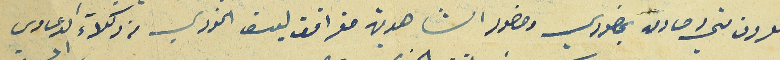
المعروف مني وصادق بحضوري وحضور الشاهدين صقر افندى يوسف الخورى من وكلاءَ الدعاوى